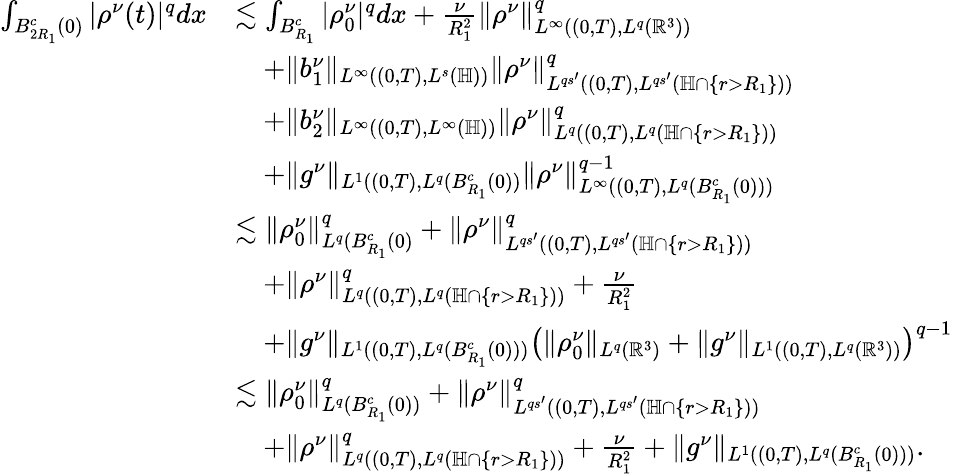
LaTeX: \begin{array}{rl}{\int_{B_{2R_{1}}^{c}(0)}|\rho^{\nu}(t)|^{q}dx}&{\lesssim\int_{B_{R_{1}}^{c}}|\rho_{0}^{\nu}|^{q}dx+\frac{\nu}{R_{1}^{2}}\| \rho^{\nu}\| _{L^{\infty}((0,T),L^{q}(\mathbb{R}^{3}))}^{q}}\\ &{\quad+\| b_{1}^{\nu}\| _{L^{\infty}((0,T),L^{s}(\mathbb{H}))}\| \rho^{\nu}\| _{L^{qs^{\prime}}((0,T),L^{qs^{\prime}}(\mathbb{H}\cap\{ r>R_{1}\} ))}^{q}}\\ &{\quad+\| b_{2}^{\nu}\| _{L^{\infty}((0,T),L^{\infty}(\mathbb{H}))}\| \rho^{\nu}\| _{L^{q}((0,T),L^{q}(\mathbb{H}\cap\{ r>R_{1}\} ))}^{q}}\\ &{\quad+\| g^{\nu}\| _{L^{1}((0,T),L^{q}(B_{R_{1}}^{c}(0))}\| \rho^{\nu}\| _{L^{\infty}((0,T),L^{q}(B_{R_{1}}^{c}(0)))}^{q-1}}\\ &{\lesssim\| \rho_{0}^{\nu}\| _{L^{q}(B_{R_{1}}^{c}(0)}^{q}+\| \rho^{\nu}\| _{L^{qs^{\prime}}((0,T),L^{qs^{\prime}}(\mathbb{H}\cap\{ r>R_{1}\} ))}^{q}}\\ &{\quad+\| \rho^{\nu}\| _{L^{q}((0,T),L^{q}(\mathbb{H}\cap\{ r>R_{1}\} ))}^{q}+\frac{\nu}{R_{1}^{2}}}\\ &{\quad+\| g^{\nu}\| _{L^{1}((0,T),L^{q}(B_{R_{1}}^{c}(0)))}\left(\| \rho_{0}^{\nu}\| _{L^{q}(\mathbb{R}^{3})}+\| g^{\nu}\| _{L^{1}((0,T),L^{q}(\mathbb{R}^{3}))}\right)^{q-1}}\\ &{\lesssim\| \rho_{0}^{\nu}\| _{L^{q}(B_{R_{1}}^{c}(0))}^{q}+\| \rho^{\nu}\| _{L^{qs^{\prime}}((0,T),L^{qs^{\prime}}(\mathbb{H}\cap\{ r>R_{1}\} ))}^{q}}\\ &{\quad+\| \rho^{\nu}\| _{L^{q}((0,T),L^{q}(\mathbb{H}\cap\{ r>R_{1}\} ))}^{q}+\frac{\nu}{R_{1}^{2}}+\| g^{\nu}\| _{L^{1}((0,T),L^{q}(B_{R_{1}}^{c}(0)))}.}\end{array}